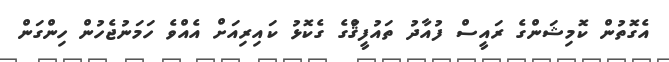
އެގޮތުން ކޮމިޝަންގެ ރައީސް ފުއާދު ތައުފީޤްުގެ ގެކޮޅު ކައިރިއަށް އެއްވެ ހަމަނުޖެހުން ހިންގަން